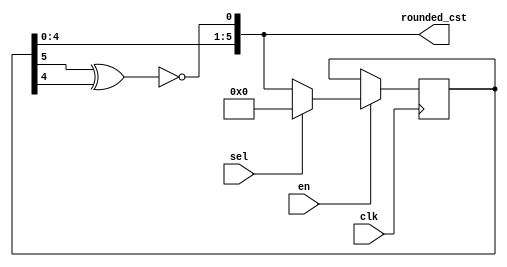
`timescale 1ns / 1ps
module LFSR1 (
    clk,
    sel,
    en,
    rounded_cst
);

input clk, sel, en;
output [5:0] rounded_cst;

reg [5:0] rounding_cst;
wire [5:0] outmux1, outmux2;
wire out1;

assign outmux1 = (sel) ? {(6){1'b0}} : rounded_cst;

assign outmux2 = (en) ? outmux1 : rounding_cst;

always @ (posedge clk) begin
    rounding_cst <= outmux2;
end

assign out1 = rounding_cst[5] ^ rounding_cst[4];
assign rounded_cst[0] = ~out1;

assign rounded_cst[5:1] = rounding_cst[4:0];

endmodule